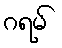
ဂရမ်